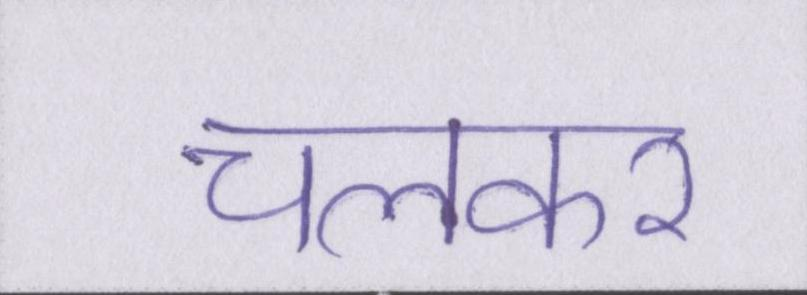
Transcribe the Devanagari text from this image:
चलकर